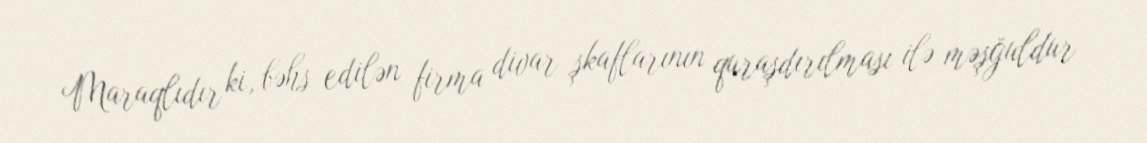
Maraqlıdır ki, bəhs edilən firma divar şkaflarının quraşdırılması ilə məşğuldur